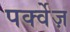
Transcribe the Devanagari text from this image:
पर्क्वेज़